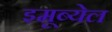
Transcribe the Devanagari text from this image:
इमूब्येल